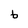
Character: b